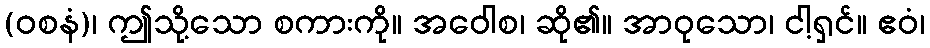
(ဝစနံ)၊ ဤသို့သော စကားကို။ အဝေါစ၊ ဆို၏။ အာဝုသော၊ ငါ့ရှင်။ ဧဝံ၊